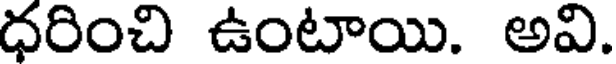
ధరించి ఉంటాయి. అవి.